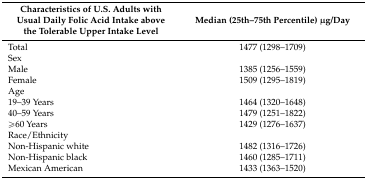
| Characteristics of U.S. Adults with Usual Daily Folic Acid Intake above the Tolerable Upper Intake Level | Median (25th–75th Percentile) μg/Day |
 | --- | --- |
 | Total | 1477 (1298–1709) |
 | Sex |  |
 | Male | 1385 (1256–1559) |
 | Female | 1509 (1295–1819) |
 | Age |  |
 | 19–39 Years | 1464 (1320–1648) |
 | 40–59 Years | 1479 (1251–1822) |
 | ≥60 Years | 1429 (1276–1637) |
 | Race/Ethnicity |  |
 | Non-Hispanic white | 1482 (1316–1726) |
 | Non-Hispanic black | 1460 (1285–1711) |
 | Mexican American | 1433 (1363–1520) |